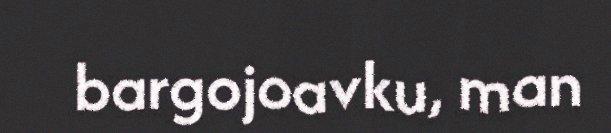
bargojoavku, man